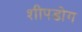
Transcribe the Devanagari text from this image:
शीपडोग